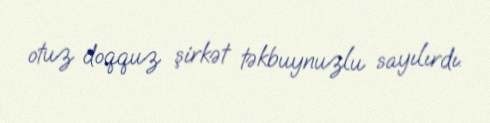
otuz doqquz şirkət təkbuynuzlu sayılırdı.